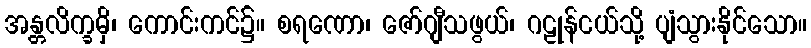
အန္တလိက္ခမှိ၊ ကောင်းကင်၌။ စရဏော၊ ဇော်ဂျီသဖွယ်၊ ဂဠုန်ငယ်သို့ ပျံသွားနိုင်သော။